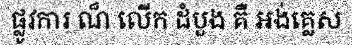
ផ្លូវការ ណ៏ លើក ដំបួង គឺ អង់គ្លេស